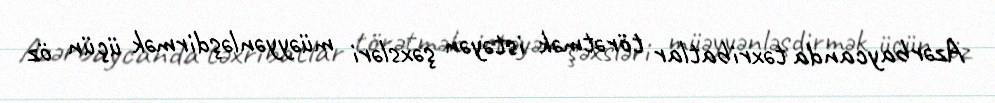
Azərbaycanda təxribatlar törətmək istəyən şəxsləri müəyyənləşdirmək üçün öz